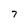
Character: 7